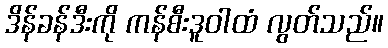
ဒိန်ခန်ဒီးကို ကန်စီးဒူဝါထံ လွတ်သည်။